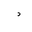
Letter: _dal